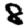
Digit: 8